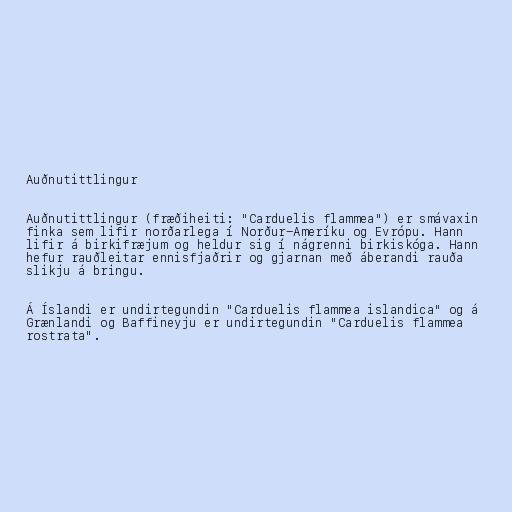
Auðnutittlingur

Auðnutittlingur (fræðiheiti: "Carduelis flammea") er smávaxin
finka sem lifir norðarlega í Norður-Ameríku og Evrópu. Hann
lifir á birkifræjum og heldur sig í nágrenni birkiskóga. Hann
hefur rauðleitar ennisfjaðrir og gjarnan með áberandi rauða
slikju á bringu.

Á Íslandi er undirtegundin "Carduelis flammea islandica" og á
Grænlandi og Baffineyju er undirtegundin "Carduelis flammea
rostrata".